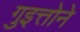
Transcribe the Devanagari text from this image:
गुइत्तोने